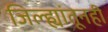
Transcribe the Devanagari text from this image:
जिल्ह्यांतूनही